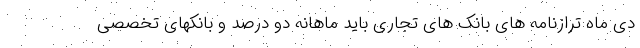
دی ماه ترازنامه های بانک های تجاری باید ماهانه دو درصد و بانکهای تخصصی